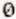
0